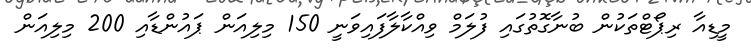
މީޑިއާ ރިޕޯޓްތަކުން ބުނާގޮތުގައި ފުލަމް ވިއްކާލާފައިވަނީ 150 މިލިއަން ޕައުންޑާއި 200 މިލިއަން